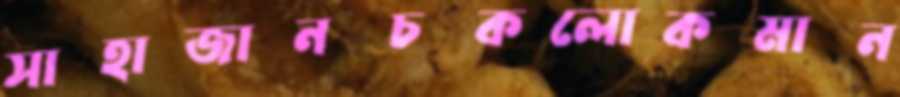
সাহাজানচকলোকমান